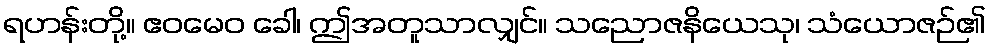
ရဟန်းတို့။ ဧဝမေဝ ခေါ၊ ဤအတူသာလျှင်။ သညောဇနိယေသု၊ သံယောဇဉ်၏